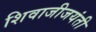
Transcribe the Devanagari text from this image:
शिवाजीजयंती